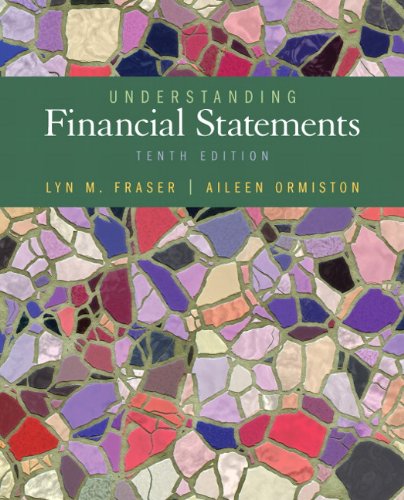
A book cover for Understanding Financial Statements (10th Edition); Aileen Ormiston; Business & Money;